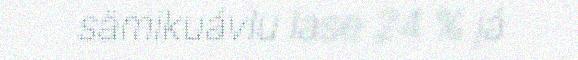
sämikuávlu lase 24 % já